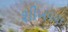
શીખવવા